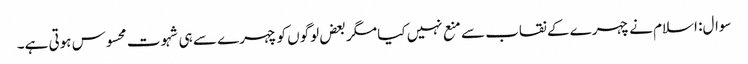
سوال: اسلام نے چہرے کے نقاب سے منع نہیں کیا مگر بعض لوگوں کو چہرے سے ہی شہوت محسوس ہوتی ہے۔